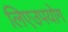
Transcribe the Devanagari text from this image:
लिएउपयोग